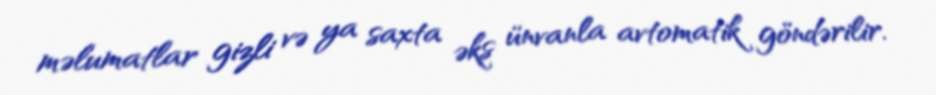
məlumatlar gizli və ya saxta əks ünvanla avtomatik göndərilir.